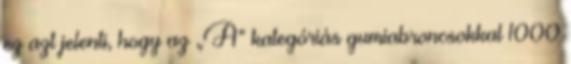
ez azt jelenti, hogy az „A” kategóriás gumiabroncsokkal 1000